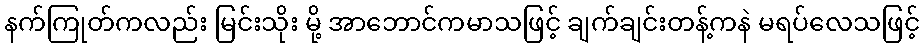
နက်ကြုတ်ကလည်း မြင်းသိုး မို့ အာဘောင်ကမာသဖြင့် ချက်ချင်းတန့်ကနဲ မရပ်လေသဖြင့်